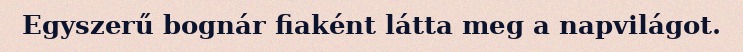
Egyszerű bognár fiaként látta meg a napvilágot.